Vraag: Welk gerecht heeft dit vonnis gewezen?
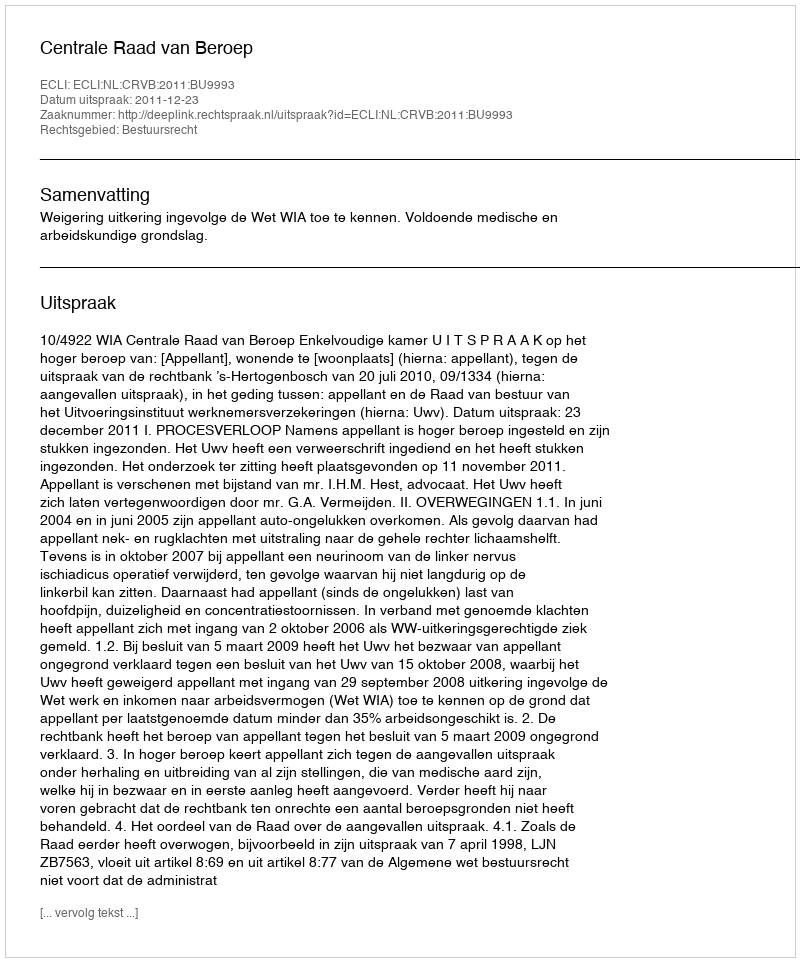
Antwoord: Centrale Raad van Beroep